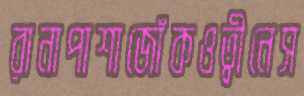
রানাপাশাজোঁকওত্বীনেস